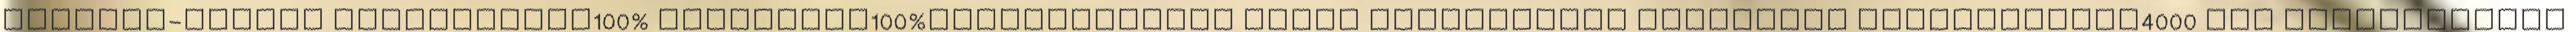
EUR▪Non-profit szervezetek100% ▪Egyházak100%▪Megvalósítás során támogatható minimális projektméret4000 EUR ▪Természetes